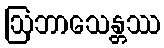
ဩဘာသေန္တဿ